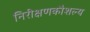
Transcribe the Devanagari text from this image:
निरीक्षणकौशल्य